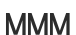
МММ